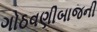
ગોઠવણીબાજની